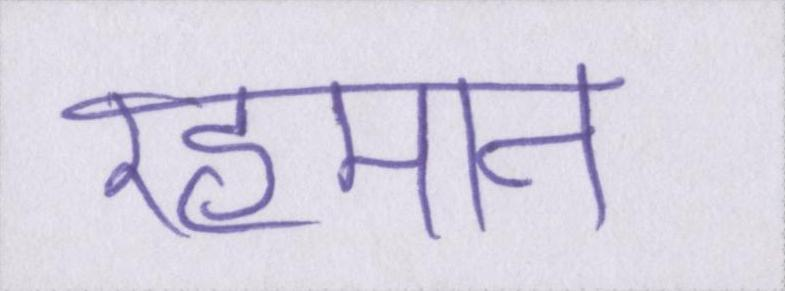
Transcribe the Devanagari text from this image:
रहमान